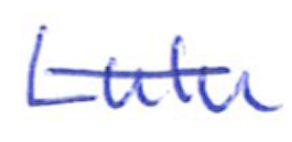
Text: Lulu
Cross-out: mix
Writing tool: ballpoint